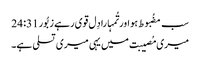
سب مضُبوط ہو اور تُمہارا دِل قوی رہے زبُور 31: 24
میری مُصیبت میں یہی میری تسلی ہے۔